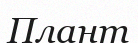
Плант